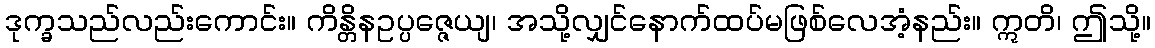
ဒုက္ခသည်လည်းကောင်း။ ကိန္တိနဥပ္ပဇ္ဇေယျ၊ အသို့လျှင်နောက်ထပ်မဖြစ်လေအံ့နည်း။ ဣတိ၊ ဤသို့။